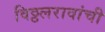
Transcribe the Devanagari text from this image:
विठ्ठलरावांची